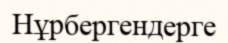
Нұрбергендерге